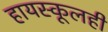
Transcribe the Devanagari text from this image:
हायस्कूलही